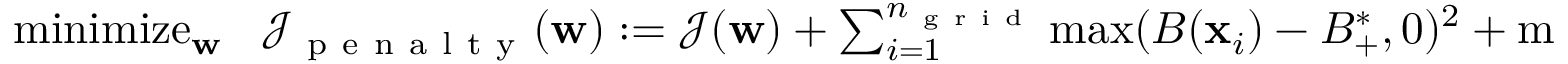
\begin{array} { r } { \operatornamewithlimits { m i n i m i z e } _ { \mathbf { w } } \ \ \mathcal { J } _ { \mathrm { ~ p ~ e ~ n ~ a ~ l ~ t ~ y ~ } } ( \mathbf { w } ) : = \mathcal { J } ( \mathbf { w } ) + \sum _ { i = 1 } ^ { { n _ { \mathrm { ~ g ~ r ~ i ~ d ~ } } } } \operatorname* { m a x } ( B ( \mathbf { x } _ { i } ) - B _ { + } ^ { * } , 0 ) ^ { 2 } + \operatorname* { m a x } ( B _ { - } ^ { * } - B ( \mathbf { x } _ { i } ) , 0 ) ^ { 2 } , } \end{array}